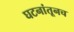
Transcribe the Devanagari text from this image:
घटनांतूनच